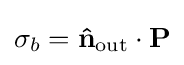
\sigma _{b}=\mathbf {\hat {n}} _{\text{out}}\cdot \mathbf {P}